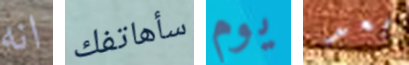
انه سأهاتفك يوم بعد